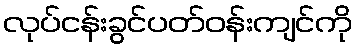
လုပ်ငန်းခွင်ပတ်ဝန်းကျင်ကို